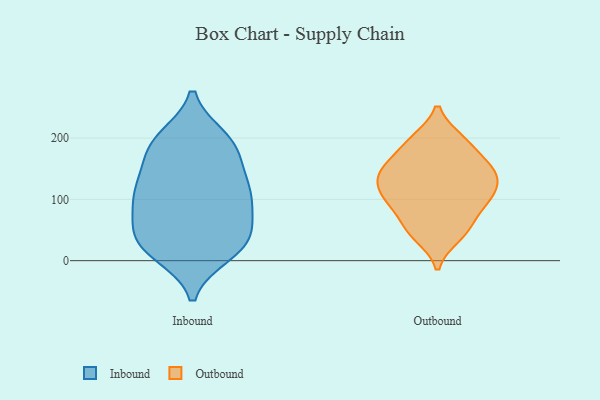
{"axis": {"x": "Headcount", "y": "Value"}, "legend": ["Inbound", "Outbound"], "data": [{"x": "", "y": 18, "type": "Inbound"}, {"x": "", "y": 186, "type": "Inbound"}, {"x": "", "y": 197, "type": "Inbound"}, {"x": "", "y": 115, "type": "Inbound"}, {"x": "", "y": 43, "type": "Inbound"}, {"x": "", "y": 125, "type": "Inbound"}, {"x": "", "y": 101, "type": "Inbound"}, {"x": "", "y": 11, "type": "Inbound"}, {"x": "", "y": 169, "type": "Inbound"}, {"x": "", "y": 59, "type": "Inbound"}, {"x": "", "y": 116, "type": "Inbound"}, {"x": "", "y": 200, "type": "Inbound"}, {"x": "", "y": 18, "type": "Inbound"}, {"x": "", "y": 100, "type": "Inbound"}, {"x": "", "y": 26, "type": "Inbound"}, {"x": "", "y": 61, "type": "Inbound"}, {"x": "", "y": 150, "type": "Inbound"}, {"x": "", "y": 40, "type": "Inbound"}, {"x": "", "y": 193, "type": "Inbound"}, {"x": "", "y": 98, "type": "Inbound"}, {"x": "", "y": 48, "type": "Outbound"}, {"x": "", "y": 198, "type": "Outbound"}, {"x": "", "y": 94, "type": "Outbound"}, {"x": "", "y": 153, "type": "Outbound"}, {"x": "", "y": 198, "type": "Outbound"}, {"x": "", "y": 135, "type": "Outbound"}, {"x": "", "y": 173, "type": "Outbound"}, {"x": "", "y": 124, "type": "Outbound"}, {"x": "", "y": 93, "type": "Outbound"}, {"x": "", "y": 146, "type": "Outbound"}, {"x": "", "y": 148, "type": "Outbound"}, {"x": "", "y": 101, "type": "Outbound"}, {"x": "", "y": 115, "type": "Outbound"}, {"x": "", "y": 62, "type": "Outbound"}, {"x": "", "y": 39, "type": "Outbound"}]}